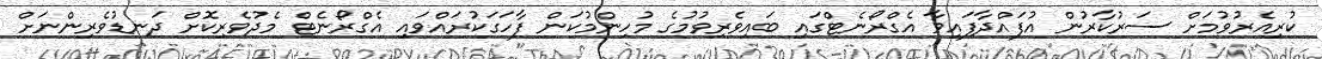
ކުރިއެރުވުމަށް ސަރުކާރުން އުފައްދާފައިވާ އެގްރޯނެޓްގައި ބައިވެރިވުމުގެ މުހިންމުކަން ފާހަގަކުރައްވައި އެގްރޯނެޓް މެދުވެރިކޮށް ދަނޑުވެރިންނަށް